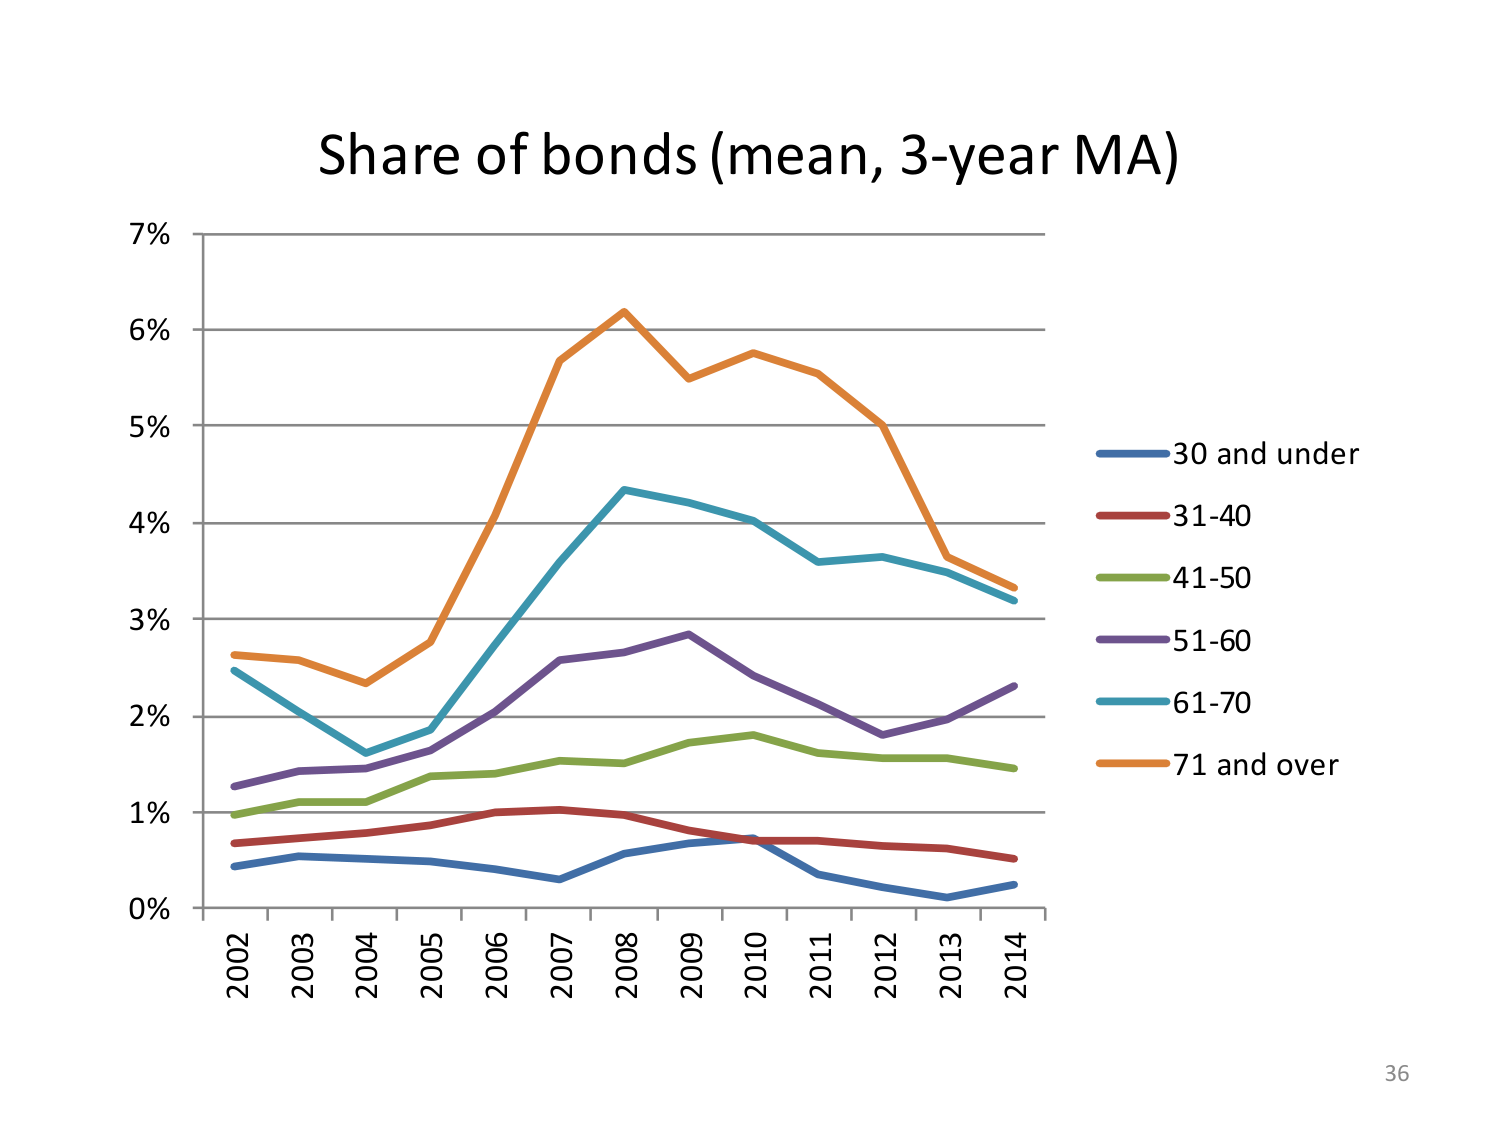
Share of bonds (mean, 3-year MA)
7%
6%
5%
4%
3%
2%
1%
0%
2002
2003
2004
2005
2006
2007
2008
2009
2010
2011
2012
2013
2014
30 and under
31-40
41-50
51-60
61-70
71 and over
36